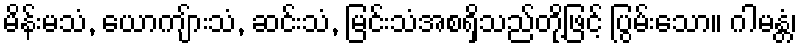
မိန်းမသံ, ယောကျ်ားသံ, ဆင်းသံ, မြင်းသံအစရှိသည်တို့ဖြင့် ပြွမ်းသော။ ဂါမန္တံ၊